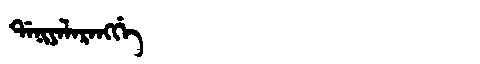
Manchu: ᡩᠠᠨᡳᠶᠠᠯᠠᡵᠠᠩᡤᡝ
Romanization: DANIYALARANGGE